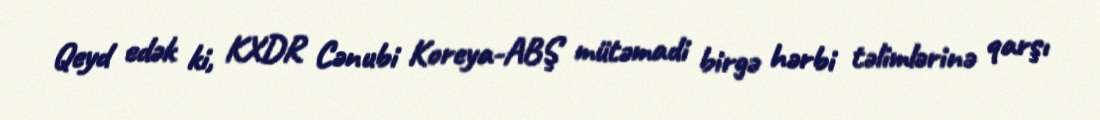
Qeyd edək ki, KXDR Cənubi Koreya-ABŞ mütəmadi birgə hərbi təlimlərinə qarşı